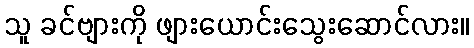
သူ ခင်ဗျားကို ဖျားယောင်းသွေးဆောင်လား။